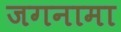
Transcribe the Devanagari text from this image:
जगनामा